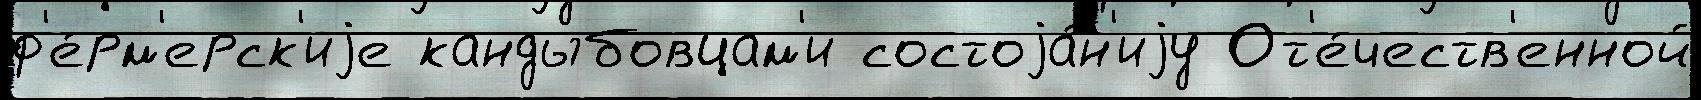
ф'е́рм'ерск'иjе кандыбовцам'и состоjа́н'иjу От'е́честв'енной